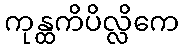
ကုန္ထကိပိလ္လိကေ